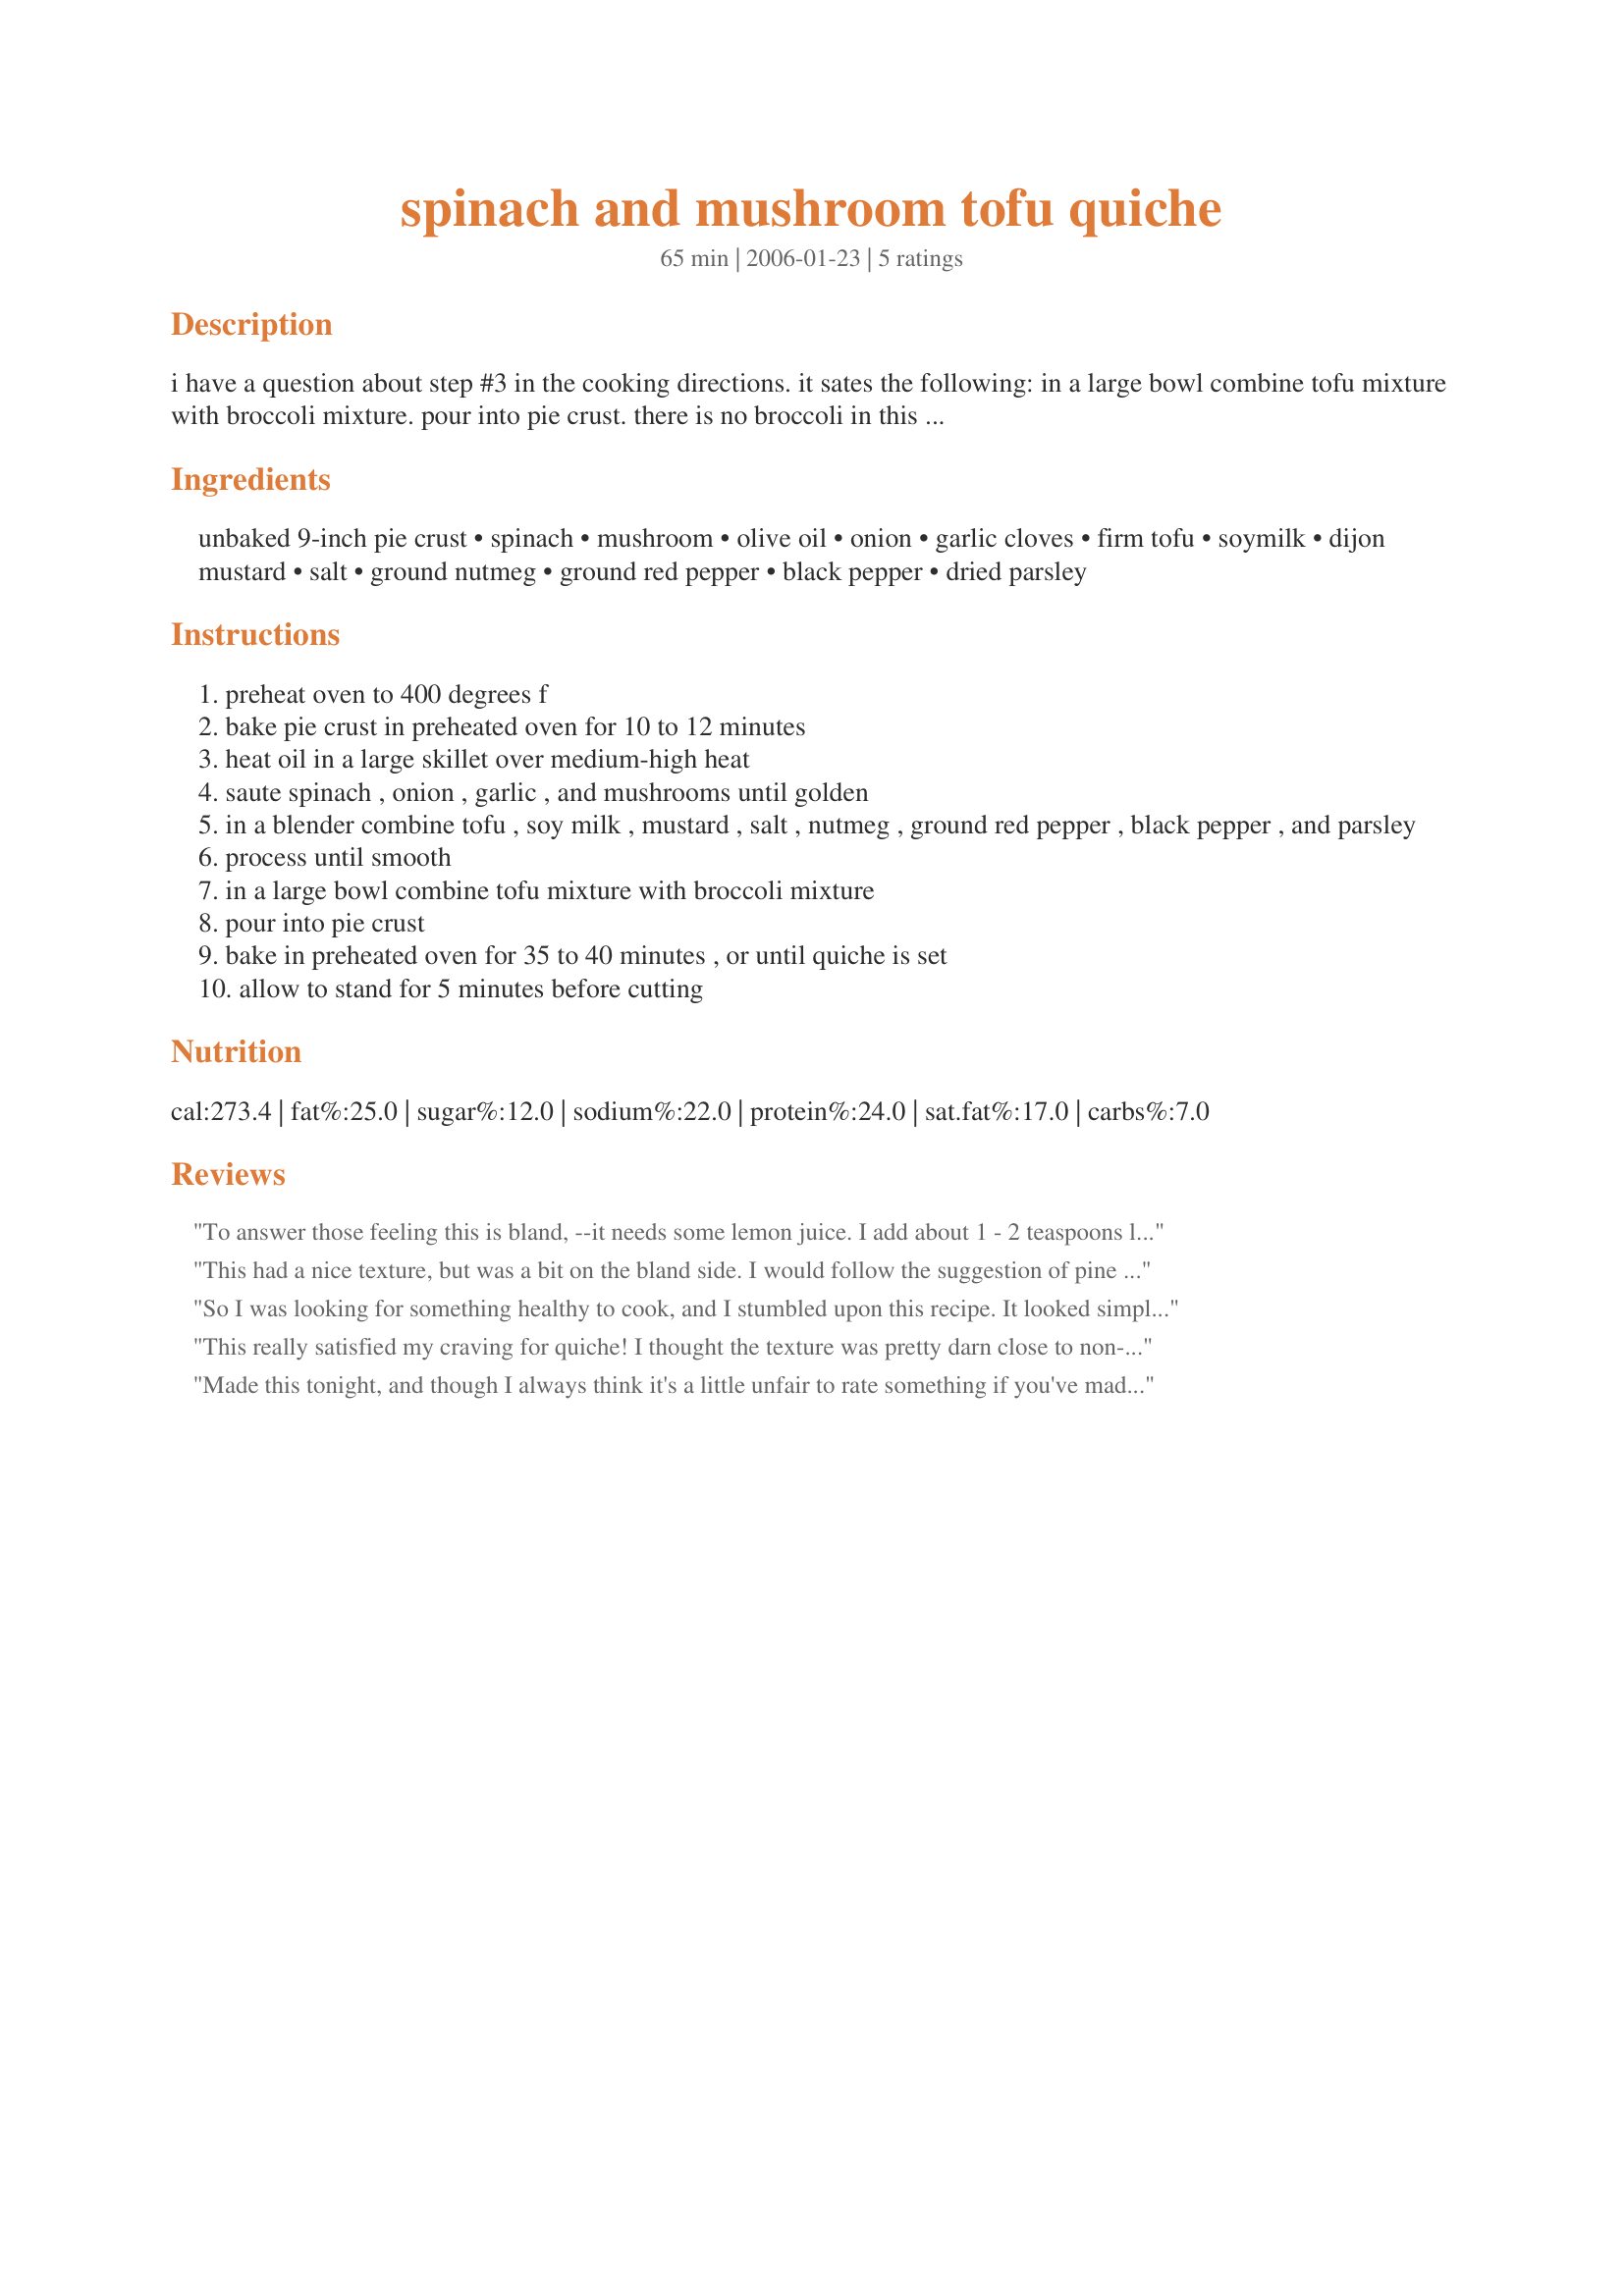
spinach and mushroom tofu quiche
Preparation time: 65 minutes

i have a question about step #3 in the cooking directions. it sates the following: in a large bowl combine tofu mixture with broccoli mixture. pour into pie crust. there is no broccoli in this recipe.

Ingredients:
unbaked 9-inch pie crust, spinach, mushroom, olive oil, onion, garlic cloves, firm tofu, soymilk, dijon mustard, salt, ground nutmeg, ground red pepper, black pepper, dried parsley

Steps:
preheat oven to 400 degrees f
bake pie crust in preheated oven for 10 to 12 minutes
heat oil in a large skillet over medium-high heat
saute spinach , onion , garlic , and mushrooms until golden
in a blender combine tofu , soy milk , mustard , salt , nutmeg , ground red pepper , black pepper , and parsley
process until smooth
in a large bowl combine tofu mixture with broccoli mixture
pour into pie crust
bake in preheated oven for 35 to 40 minutes , or until quiche is set
allow to stand for 5 minutes before cutting

Reviews:
To answer those feeling this is bland, --it needs some lemon juice. I add about 1 - 2 teaspoons lemon juice to almost all recipes using blended tofu. Other than that--you know how much spice or veggies to add! I also add nutritional yeast (about 3 Tablespoons) and black salt (kala namak) Chopped broccoli, arthicholke hearts, bell pepper or zucchini are good in this. I've never used fresh spinach, only dethawed and drained frozen, and use water instead of soy milk
This had a nice texture, but was a bit on the bland side. I would follow the suggestion of pine nuts or tempeh bacon or sausage if I make it again, to add some zing to it. Made for Spring 2008 PAC Orphanage.
So I was looking for something healthy to cook, and I stumbled upon this recipe. It looked simple enough, and the pictures made it look delicious. Although there were a few reviews, it was rated well. It shouldn&#039;t be.

It is bland as hell, and I dumped in a bunch of swiss and cheddar cheese. There is too much spinach for the dish, not enough mushrooms, and the whole thing packs several hundred calories for something that is just &#039;meh&#039;. It not like you will be spitting it out, but you will be bored. Skip this recipe and try something else.
This really satisfied my craving for quiche! I thought the texture was pretty darn close to non-vegan quiche. Two of my non-vegan friends really liked it too. I used two 10-ounce boxes of extra-firm silken tofu and reduced the soy milk to just a splash. I used thawed frozen spinach and didn't borrow to steam it. I used extra mustard and red pepper and added two tablespoons of nutritional yeast and a generous splash of Braggs liquid aminos to the tofu mixture. I ended up having too much filling even though I used a deep-dish pie crust, but I'm sure I'll find something to do with the excess. I was going to add pine nuts, but I forgot because I was in a hurry. It was yummy anyway, but it would be good with them too. Kalamata olives would also be good. Anyway, I totally devoured this, and I will definitely make it again. It was a hit.
Made this tonight, and though I always think it's a little unfair to rate something if you've made changes, I think the basic recipe remained intact. I did add cheese, and since there was some concern in other reviews about it tasting bland, I added a splash of soy sauce, sprinkle of thyme and a good dash of turmeric. It was good but what I think would have made it GREAT would be the addition of feta cheese. Granted, the original recipe is vegan, but if you are curious and want something super delicious and aren't quite ready for something alternative, I think the feta would really fit the bill. I'll try it again, for sure.
